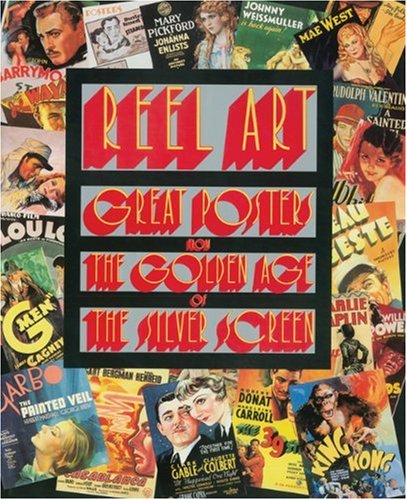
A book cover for Reel Art: Great Posters From The Golden Age Of The Silver Screen; Richard Allen; Crafts, Hobbies & Home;